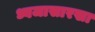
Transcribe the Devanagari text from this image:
ध्वजासारखा